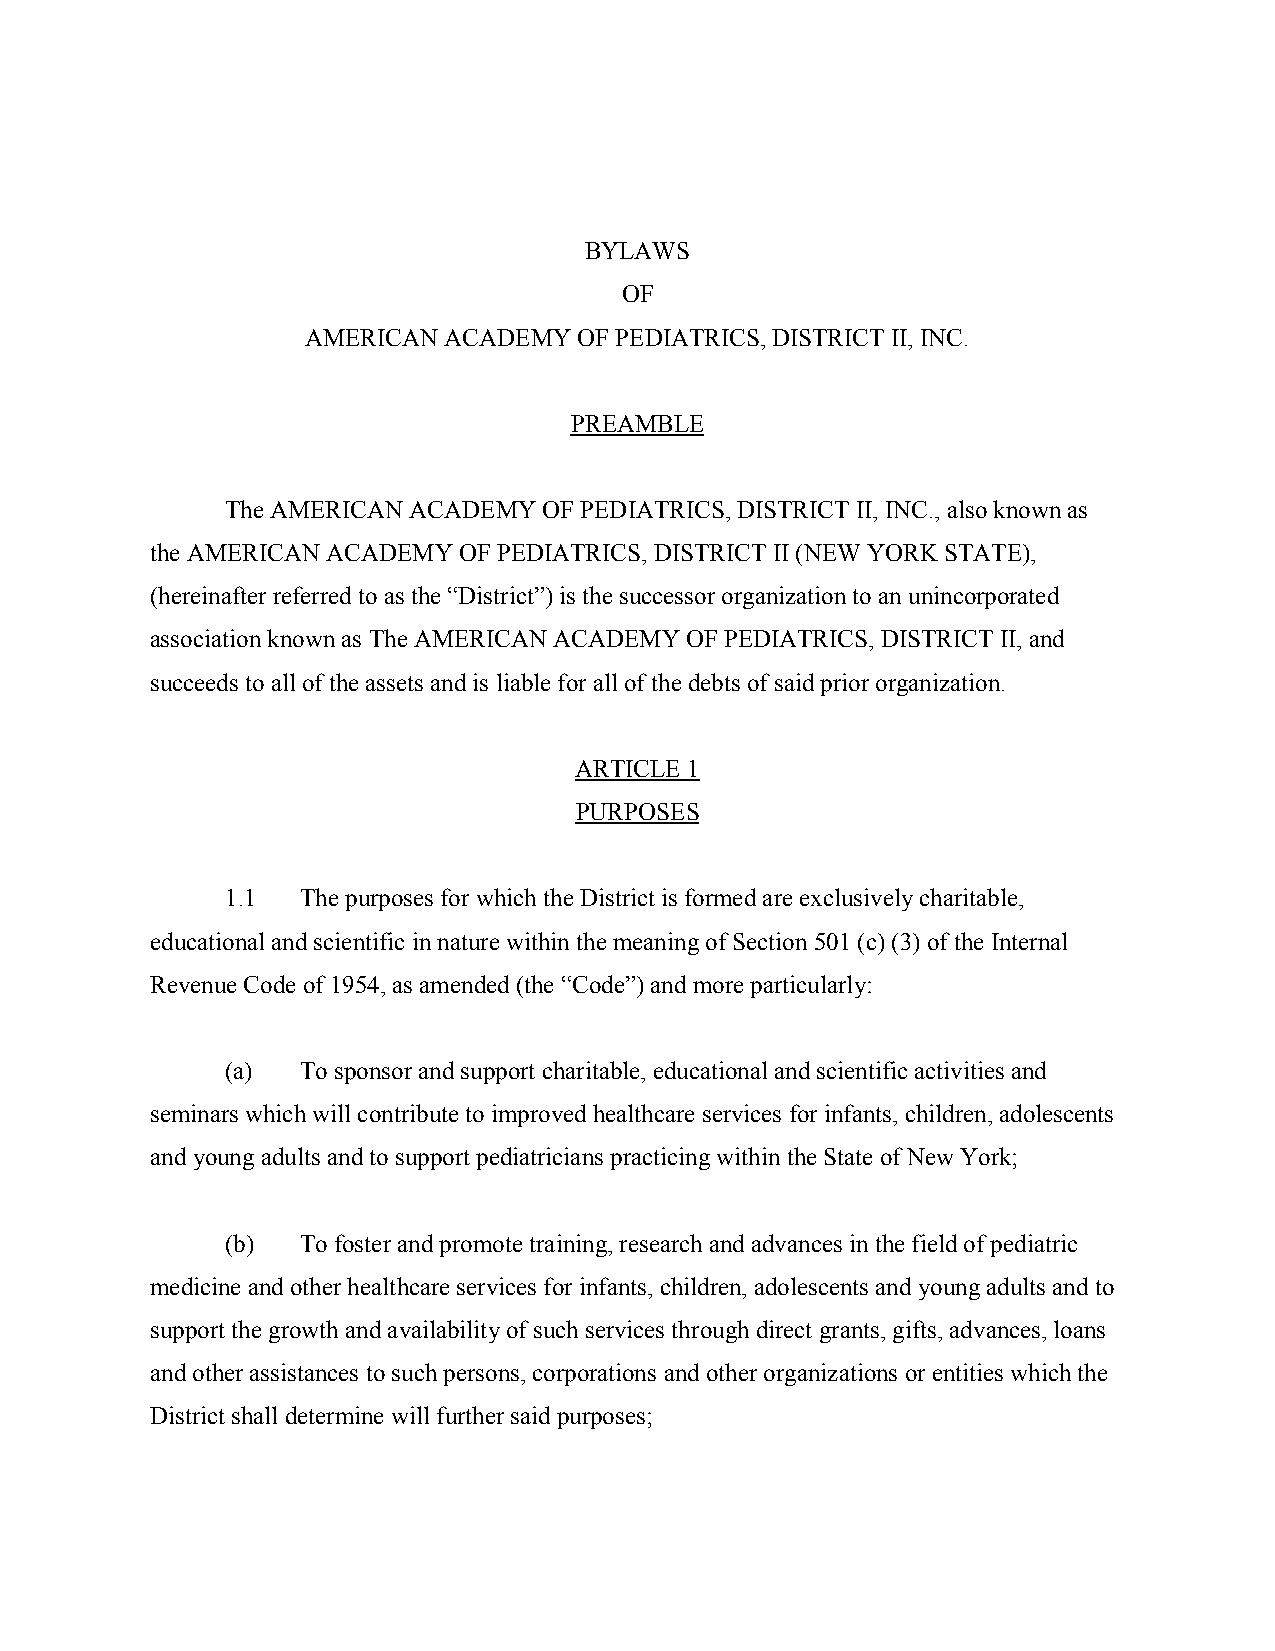
BYLAWS
 OF
 AMERICAN ACADEMY  OF PEDIATRICS, DISTRICT II, INC.
 PREAMBLE
 The AMERICAN ACADEMY OF PEDIATRICS, DISTRICT II, INC., also known as
 the AMERICAN ACADEMY OF PEDIATRICS, DISTRICT II (NEW YORK STATE),
 (hereinafter referred to as the “District”) is the successor organization to an unincorporated
 association known as The AMERICAN ACADEMY OF PEDIATRICS, DISTRICT II, and
 succeeds to all of the assets and is liable for all of the debts of said prior organization.
 ARTICLE 1
 PURPOSES
 1.1  The purposes for which the District is formed are exclusively charitable,
 educational and scientific in nature within the meaning of Section 501 (c) (3) of the Internal
 Revenue Code of 1954, as amended (the “Code”) and more particularly:
 (a)  To sponsor and support charitable, educational and scientific activities and
 seminars which will contribute to improved healthcare services for infants, children, adolescents
 and young adults and to support pediatricians practicing within the State of New York;
 (b)  To foster and promote training, research and advances in the field of pediatric
 medicine and other healthcare services for infants, children, adolescents and young adults and to
 support the growth and availability of such services through direct grants, gifts, advances, loans
 and other assistances to such persons, corporations and other organizations or entities which the
 District shall determine will further said purposes;